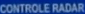
CONTROLE RADAR